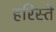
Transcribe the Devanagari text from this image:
हरिस्ते